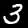
Label: 3